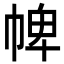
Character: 𢃍